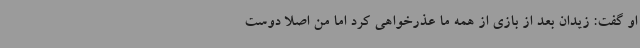
او گفت: زیدان بعد از بازی از همه ما عذرخواهی کرد اما من اصلا دوست